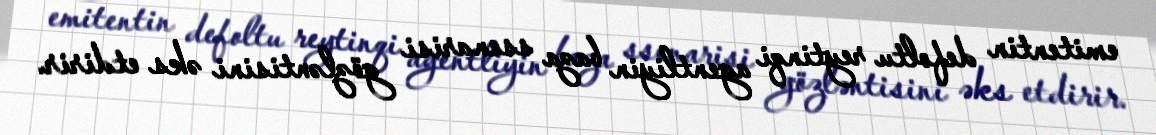
emitentin defoltu reytinqi agentliyin baza ssenarisi gözləntisini əks etdirir.